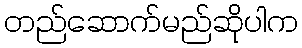
တည်ဆောက်မည်ဆိုပါက